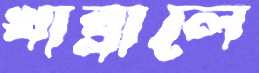
খাব্‌লালে